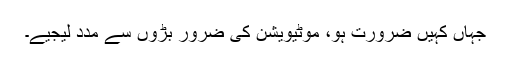
جہاں کہیں ضرورت ہو، موٹیویشن کی ضرور بڑوں سے مدد لیجیے۔